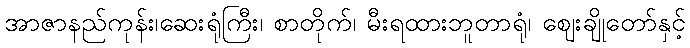
အာဇာနည်ကုန်း၊ဆေးရုံကြီး၊ စာတိုက်၊ မီးရထားဘူတာရုံ၊ ဈေးချိုတော်နှင့်